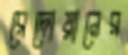
রেদোয়ানের